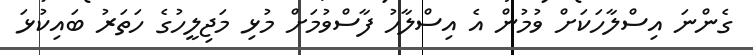
ގެންނަ އިސްލާހަކަށް ވުމުން އެ އިސްލާހު ފާސްވުމަށް މުޅި މަޖިލީހުގެ ހަތަރު ބައިކުޅަ